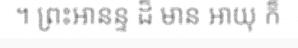
។ ព្រះអានន្ទ ដ៏ មាន អាយុ ក៏